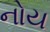
નોય